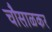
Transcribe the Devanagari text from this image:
चौसाळकर